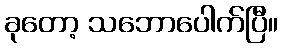
ခုတော့ သဘောပေါက်ပြီ။